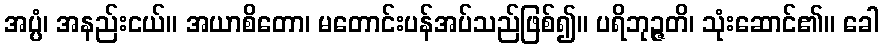
အပ္ပံ၊ အနည်းငယ်။ အယာစိတော၊ မတောင်းပန်အပ်သည်ဖြစ်၍။ ပရိဘုဉ္ဇတိ၊ သုံးဆောင်၏။ ခေါ